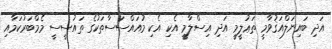
އަދި ބައިނަލްއަޤުވާމީ ތަޢުލީމީ އަދި އިސްލާމީ އެކި އެކި މުއައްސަސާތަކުގެ ތައުސީސީ މެމްބަރުކަމާއި